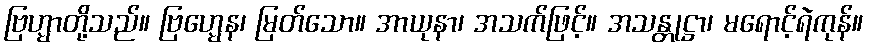
ဗြဟ္မာတို့သည်။ ဗြဟ္မေန၊ မြတ်သော။ အာယုနာ၊ အသက်ဖြင့်။ အသန္တုဋ္ဌာ၊ မရောင့်ရဲကုန်။